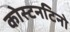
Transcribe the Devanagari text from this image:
कोस्टनटिनो